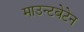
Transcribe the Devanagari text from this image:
माउन्टबेटेन